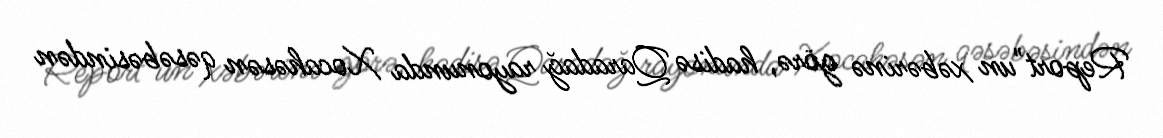
Report"un xəbərinə görə, hadisə Qaradağ rayonunda Xocahəsən qəsəbəsindən